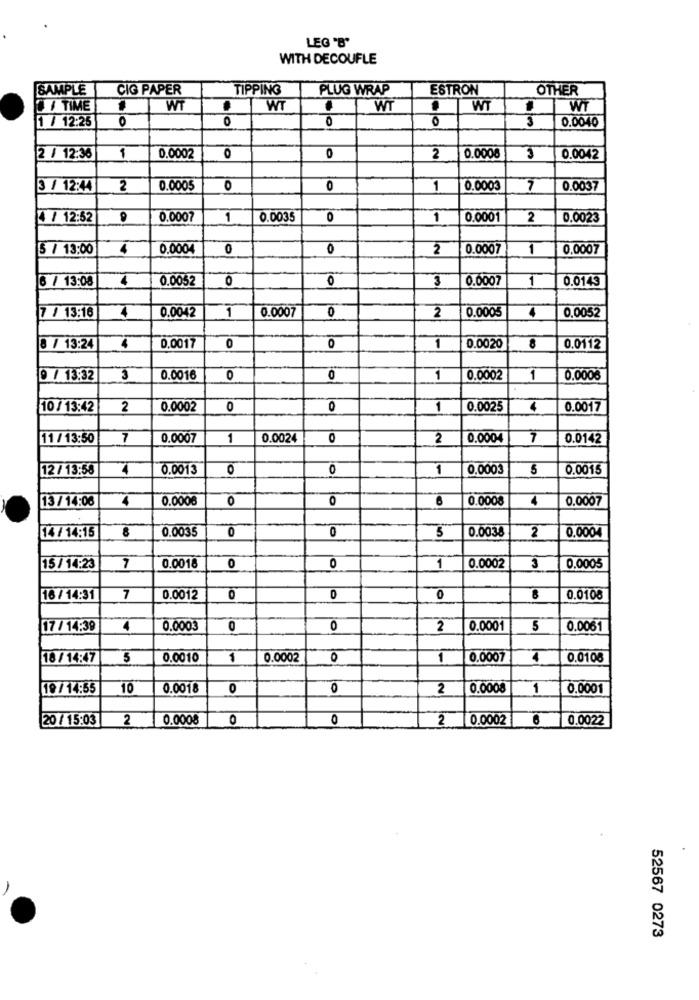
LEG "B"
WITH DECOUFLE
SAMPLE
CIG PAPER
TIPPING
PLUG WRAP
ESTRON
OTHER
TIME
WT
WT
WT
WT
W
1 / 12:25
0
0
0
0.0040
O
2 / 12:36
0.0002
0
2
0.0008
0.0042
3 / 12:44
2
0.0005
0
0
1
0.0003
7
0.0037
4 / 12:52
0,0007
1
0.0035
0
1
0.0001
2
0.0023
5 / 13:00
4
0.0004
0
0
2
0.0007
1
0.0007
6 / 13:08
4
0.0052
0
3
0.0007
1
0.0143
0.0042
0.0007
0
0.0005
4
0.0052
7 / 13:16
1
2
8 / 13:24
0.0017
0
0
1
0.0020
0.0112
9 / 13:32
3
0.0016
0
0
1
0.0002
1
0.0006
10 / 13:42
2
0.0002
0
0
1
0.0025
4
0.0017
11 / 13:50
7
0.0007
1
0.0024
0
2
0.0004
7
0.0142
12 / 13:58
0.0013
0
0
1
0,0003
5
0.0015
13 / 14:06
4
0.0006
0
0
0.0008
4
0.0007
8
0.0035
lo
0
0.0038
2
14 / 14:15
0.0004
15 / 14:23
7
0.0018
0
0
1
0.0002
3
0.0005
16/ 14:31
7
0.0012
O
0
8
0.0100
17 / 14:39
4
0.0003
0
0
2
0.0001
5
0.0061
18 /14:47
5
0.0010
1
0.0002
0
1
0.0007
0.0108
19 / 14:55
10
0.0018
O
0
2
0.0008
1
0.0001
20 / 15:03
2
0.0008
0
O
2 0.0002
6
0.0022
52567 0273